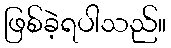
ဖြစ်ခဲ့ရပါသည်။